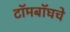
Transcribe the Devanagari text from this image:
टॉमबॉघचे